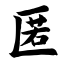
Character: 匿